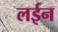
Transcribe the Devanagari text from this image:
लईन